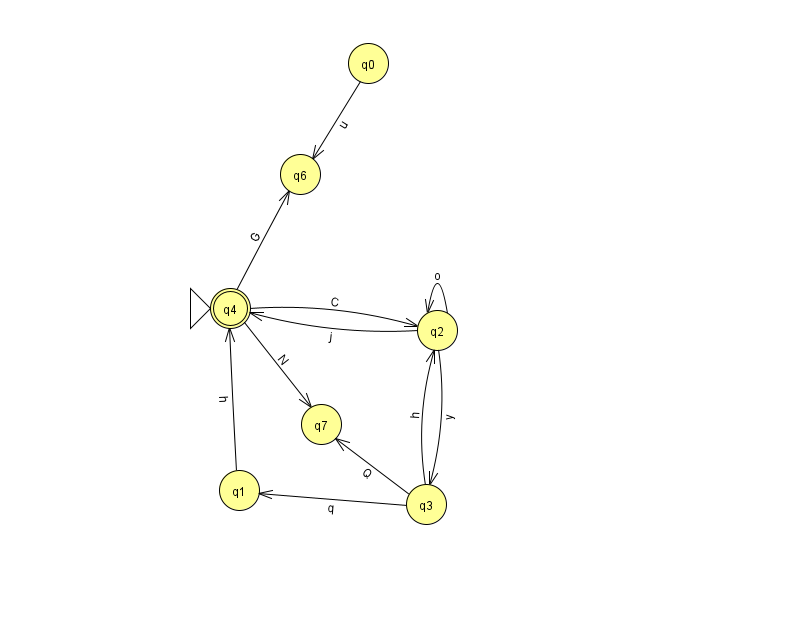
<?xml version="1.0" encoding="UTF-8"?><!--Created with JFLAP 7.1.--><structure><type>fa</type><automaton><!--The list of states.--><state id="0" name="q0"><x>368.0</x><y>50.0</y></state><state id="1" name="q1"><x>239.0</x><y>477.0</y></state><state id="2" name="q2"><x>437.0</x><y>317.0</y></state><state id="3" name="q3"><x>426.0</x><y>491.0</y></state><state id="4" name="q4"><x>230.0</x><y>295.0</y><initial/><final/></state><state id="6" name="q6"><x>300.0</x><y>161.0</y></state><state id="7" name="q7"><x>321.0</x><y>411.0</y></state><!--The list of transitions.--><transition><from>4</from><to>7</to><read>N</read></transition><transition><from>2</from><to>4</to><read>j</read></transition><transition><from>3</from><to>7</to><read>Q</read></transition><transition><from>4</from><to>6</to><read>G</read></transition><transition><from>1</from><to>4</to><read>h</read></transition><transition><from>3</from><to>1</to><read>q</read></transition><transition><from>2</from><to>3</to><read>y</read></transition><transition><from>3</from><to>2</to><read>h</read></transition><transition><from>0</from><to>6</to><read>u</read></transition><transition><from>2</from><to>2</to><read>o</read></transition><transition><from>4</from><to>2</to><read>C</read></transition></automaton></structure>